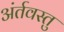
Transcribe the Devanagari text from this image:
अंर्तवस्तु